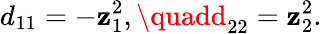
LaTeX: d_{11}=-\mathbf{z}_{1}^{2},\quadd_{22}=\mathbf{z}_{2}^{2}.